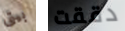
بيتى دققت